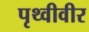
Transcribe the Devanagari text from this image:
पृथ्वीवीर